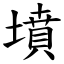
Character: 墳